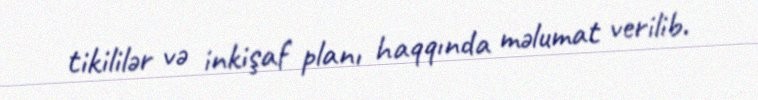
tikililər və inkişaf planı haqqında məlumat verilib.